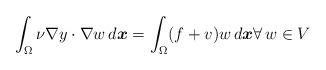
LaTeX: \begin{align*} \int_\Omega \nu \nabla y \cdot \nabla w \, d\boldsymbol{x} = \int_\Omega (f+v) w \, d\boldsymbol{x} \forall \, w \in V\end{align*}